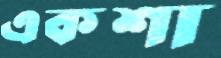
একশা